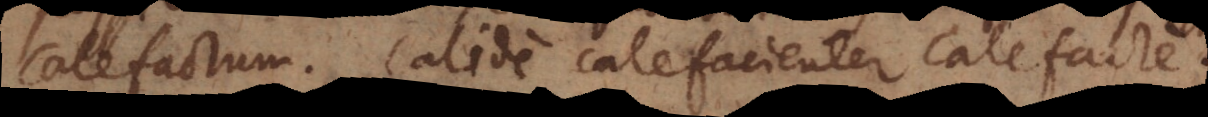
calefactum. Calide, calefacienter, calefacte.